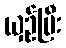
ယှဉ်ပြီး